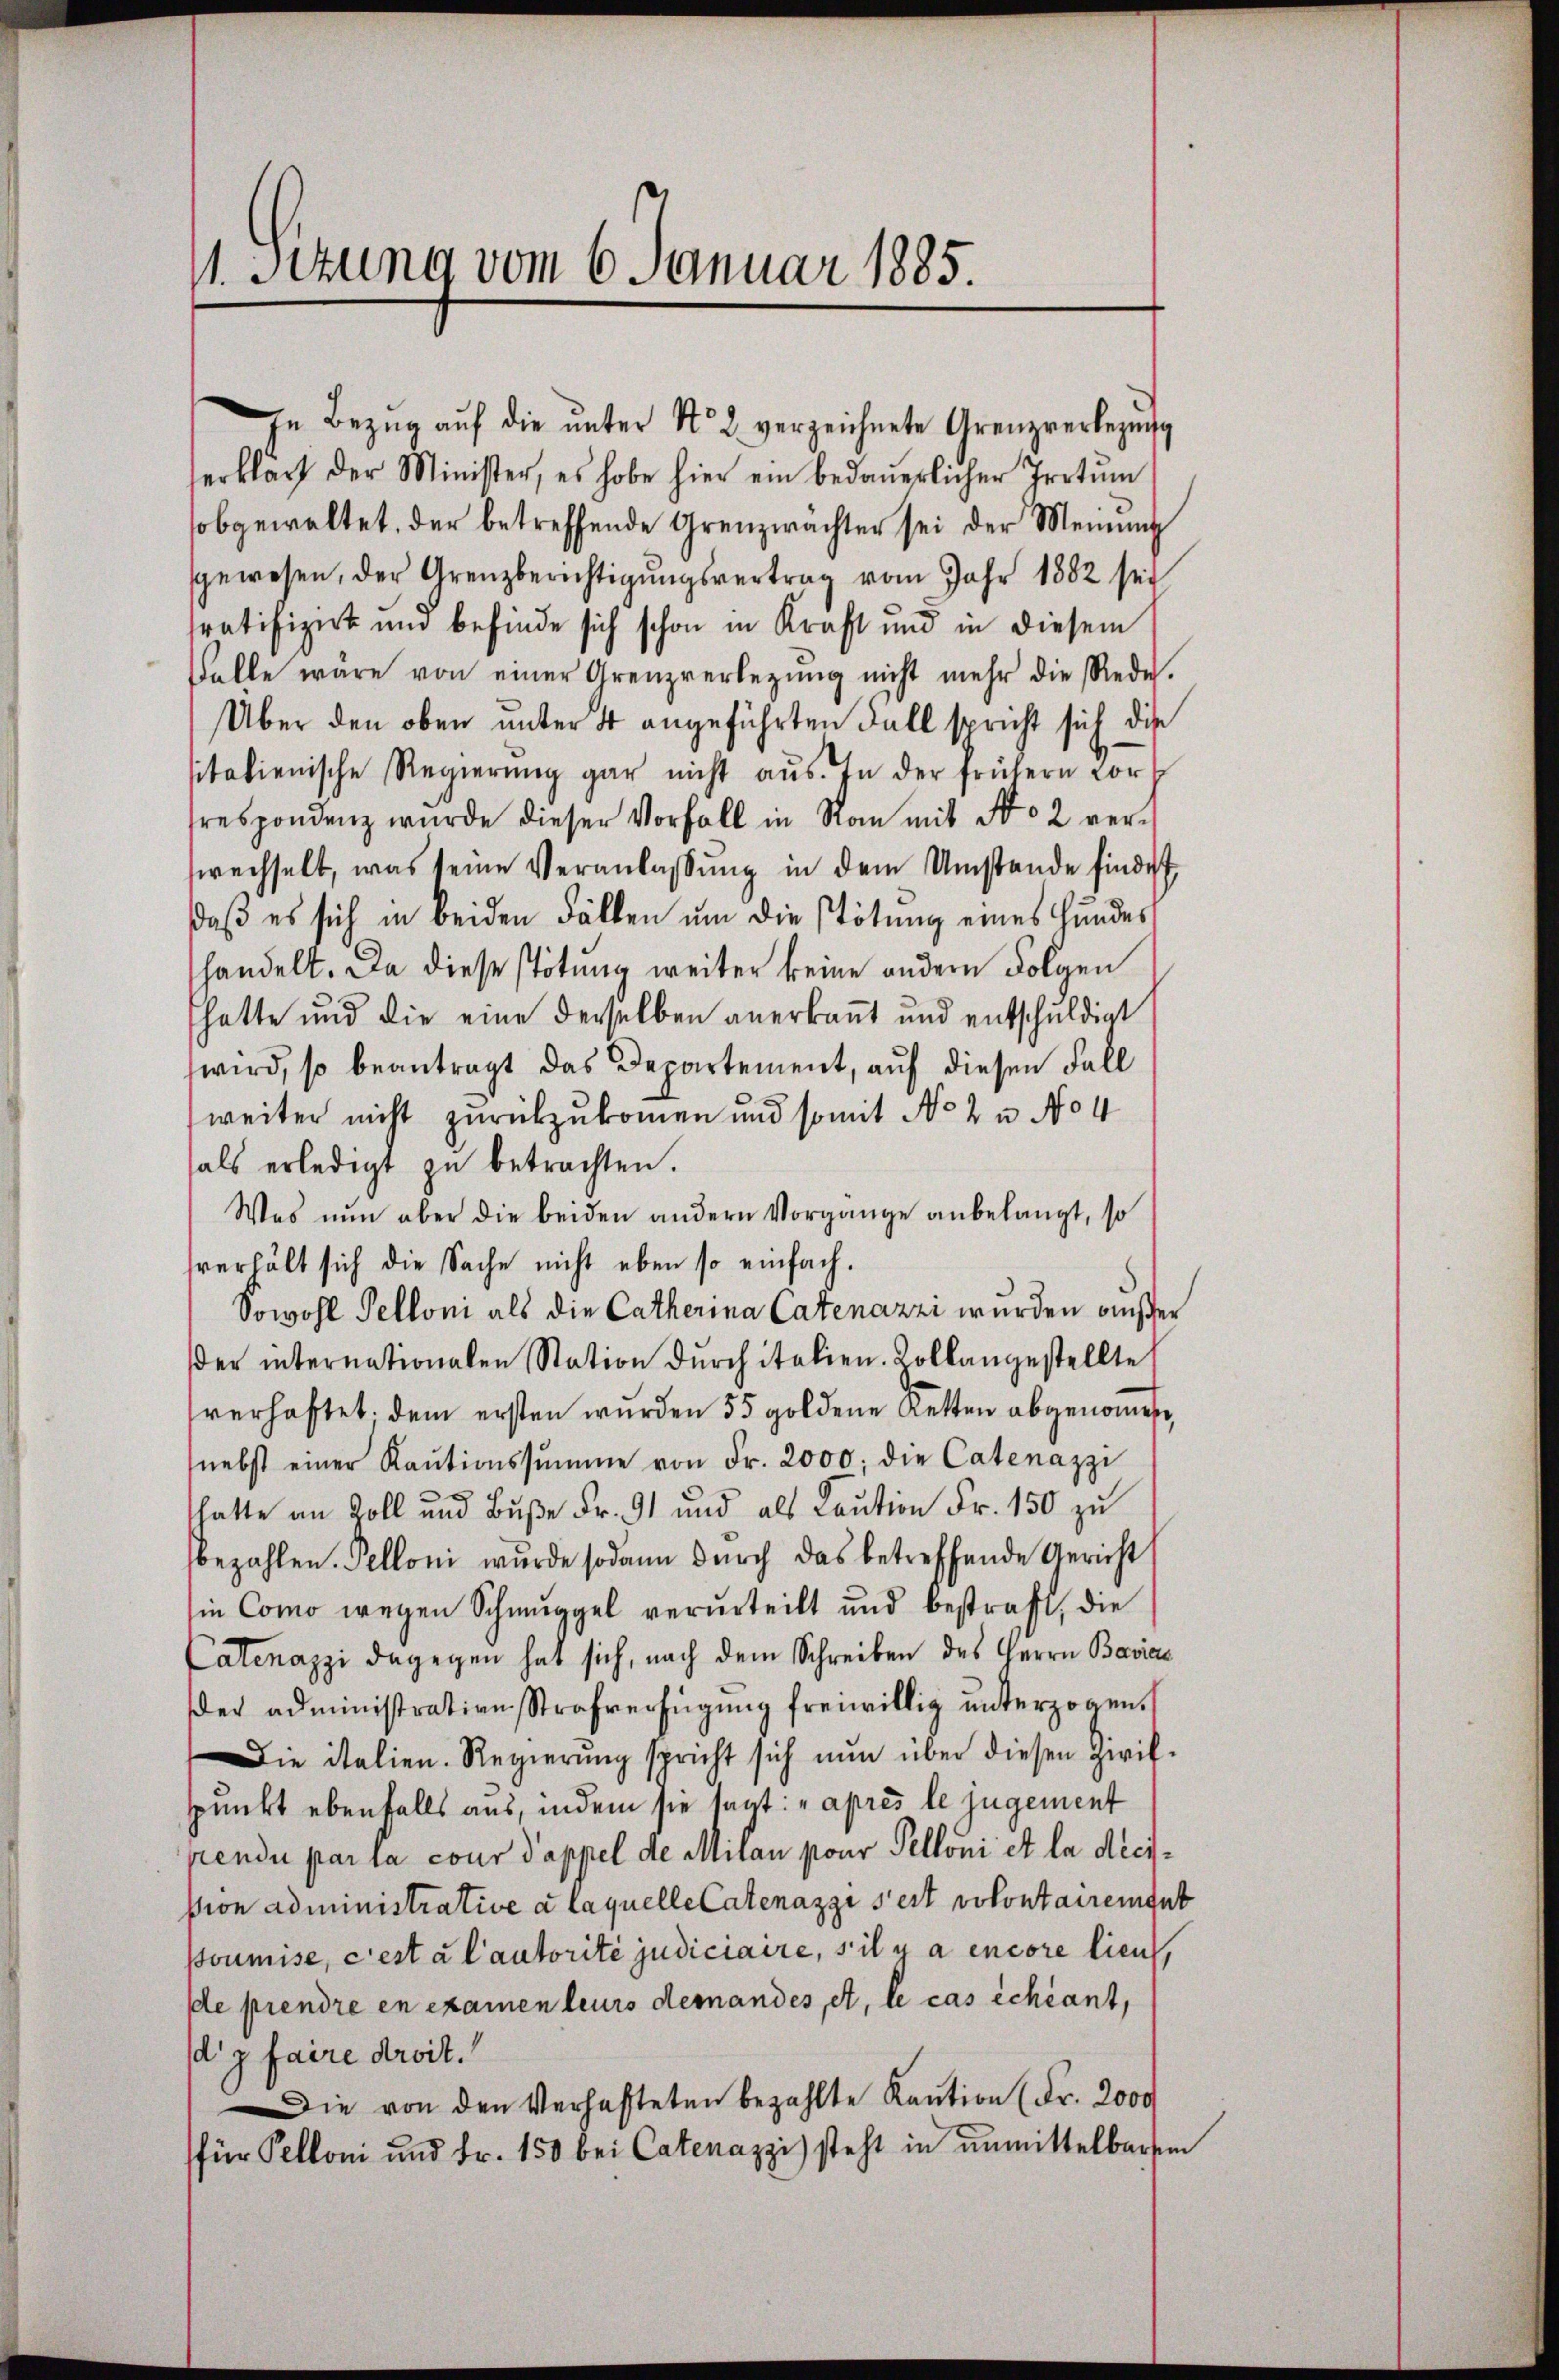
11. Sitzung vom 6. Januar 1885.

In Bezug auf die ŭnter No. 2. verzeichnete Grenzverlegung
serklärt der Minister, es habe hier ein bedaŭerlicher Irrtum
sobgewaltet, der betreffende Grenzwachter sei der Meinung
sgewesen, der Grenzberichtigŭngsvertrag vom Jahr 1882 sei
tratifiziert und befinde sich schon in Kraft und in diesem
Falle wäre von einer Grenzverlegŭng nicht mehr die Rede.
Über den oben unter 4 angeführten Fall spricht sich die
sitalienische Regierŭng gar nicht aus. In der frühern vorh
respondenz wurde dieser Vorfall in Ran mit No 2 verwechselt, was seine Veranlassung in dem Umstände findet
daß es sich in beiden Fällen um die Tötung eines Hundes
handelt. Da diese stötung weiter keine andern Folgen
hatte und die eine derselben anerkannt und entschuldigt
wird, so beantragt das Departement, auf diesen Fall
weiter nicht zurückzukommen und somit No 2 u No 4
als erledigt zŭ betrachten.
Was nun aber die beiden andern Vorgange anbelangt, so
sverhält sich die Sache nicht eben so einfach.
Sowohl Pelloni als die Catherina Catenazzi wurden außer
der internationalen Station dŭrch italien. Kollangestellte
verhaftet. dem ersten wurden 55 goldene Retten abgenommen,
nebst einer Kaŭtionssumme von Fr. 2000; die Catenazzi
hatte an Zoll und Buße Fr. 91 und als Kaution Fr. 150 zu
bezahlen. Pelloni wurde sodann durch das betreffende Gericht
ie Como wegen Schmuggel verurteilt und bestraft, die
Catenazzi dagegen hat sich, nach dem Schreiben des Herrn Bavias
der administration Strafverfügŭng freiwillig ŭnterzogen.
Die italien. Regierŭng spricht sich nŭn über diesen Zivil-
punkt ebenfalls aus, indem sie sagt: „après le jugement
pendi par la cour dappel de Milan pour Pelloni et la diesßion administrative à laquelle Catenazzi s’est volontairengut
poumise, c’est à l’autorité judiciaire, s’il y a encore lieu,
de prendre en examen leurs demandes, et, le cas échéant,
dz faire droit.
Die von den Verhafteten bezahlte Kaŭtion (Fr. 2000
für Pelloni und Fr. 150 bei Catenazzi) steht in ŭnmittelbaren